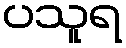
ပသူရ